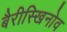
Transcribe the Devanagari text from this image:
बैरीस्खिनोव